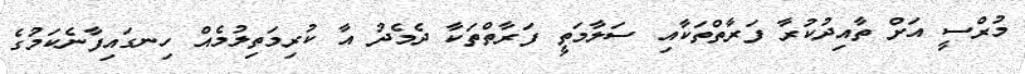
މުރްސީ އަށް ތާއިދުކުރާ ފަރާތްތަކާއި ސަލާމަތީ ފަރާތްތަކާ ދެމެދު އާ ކުރިމަތިލުމެއް ހިނގައިފާނެކަމުގެ